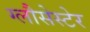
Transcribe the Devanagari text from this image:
ग्लौसेस्टेर